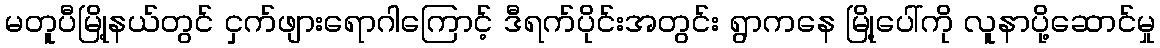
မတူပီမြို့နယ်တွင် ငှက်ဖျားရောဂါကြောင့် ဒီရက်ပိုင်းအတွင်း ရွာကနေ မြို့ပေါ်ကို လူနာပို့ဆောင်မှု